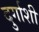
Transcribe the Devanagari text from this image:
दुर्गाशी